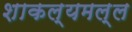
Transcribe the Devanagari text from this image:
शाकल्यमल्ल